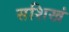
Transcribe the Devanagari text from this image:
सशिखं